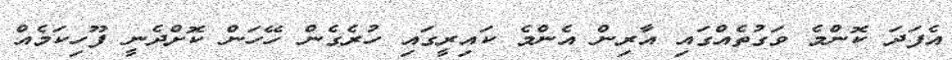
އެފަދަ ކޮންމެ ވަގުތެއްގައި އާރިން އެންމެ ކައިރީގައި ހުރެގެން ހޭހަން ކޮށްދެނީ ފޫހިކަމެއް